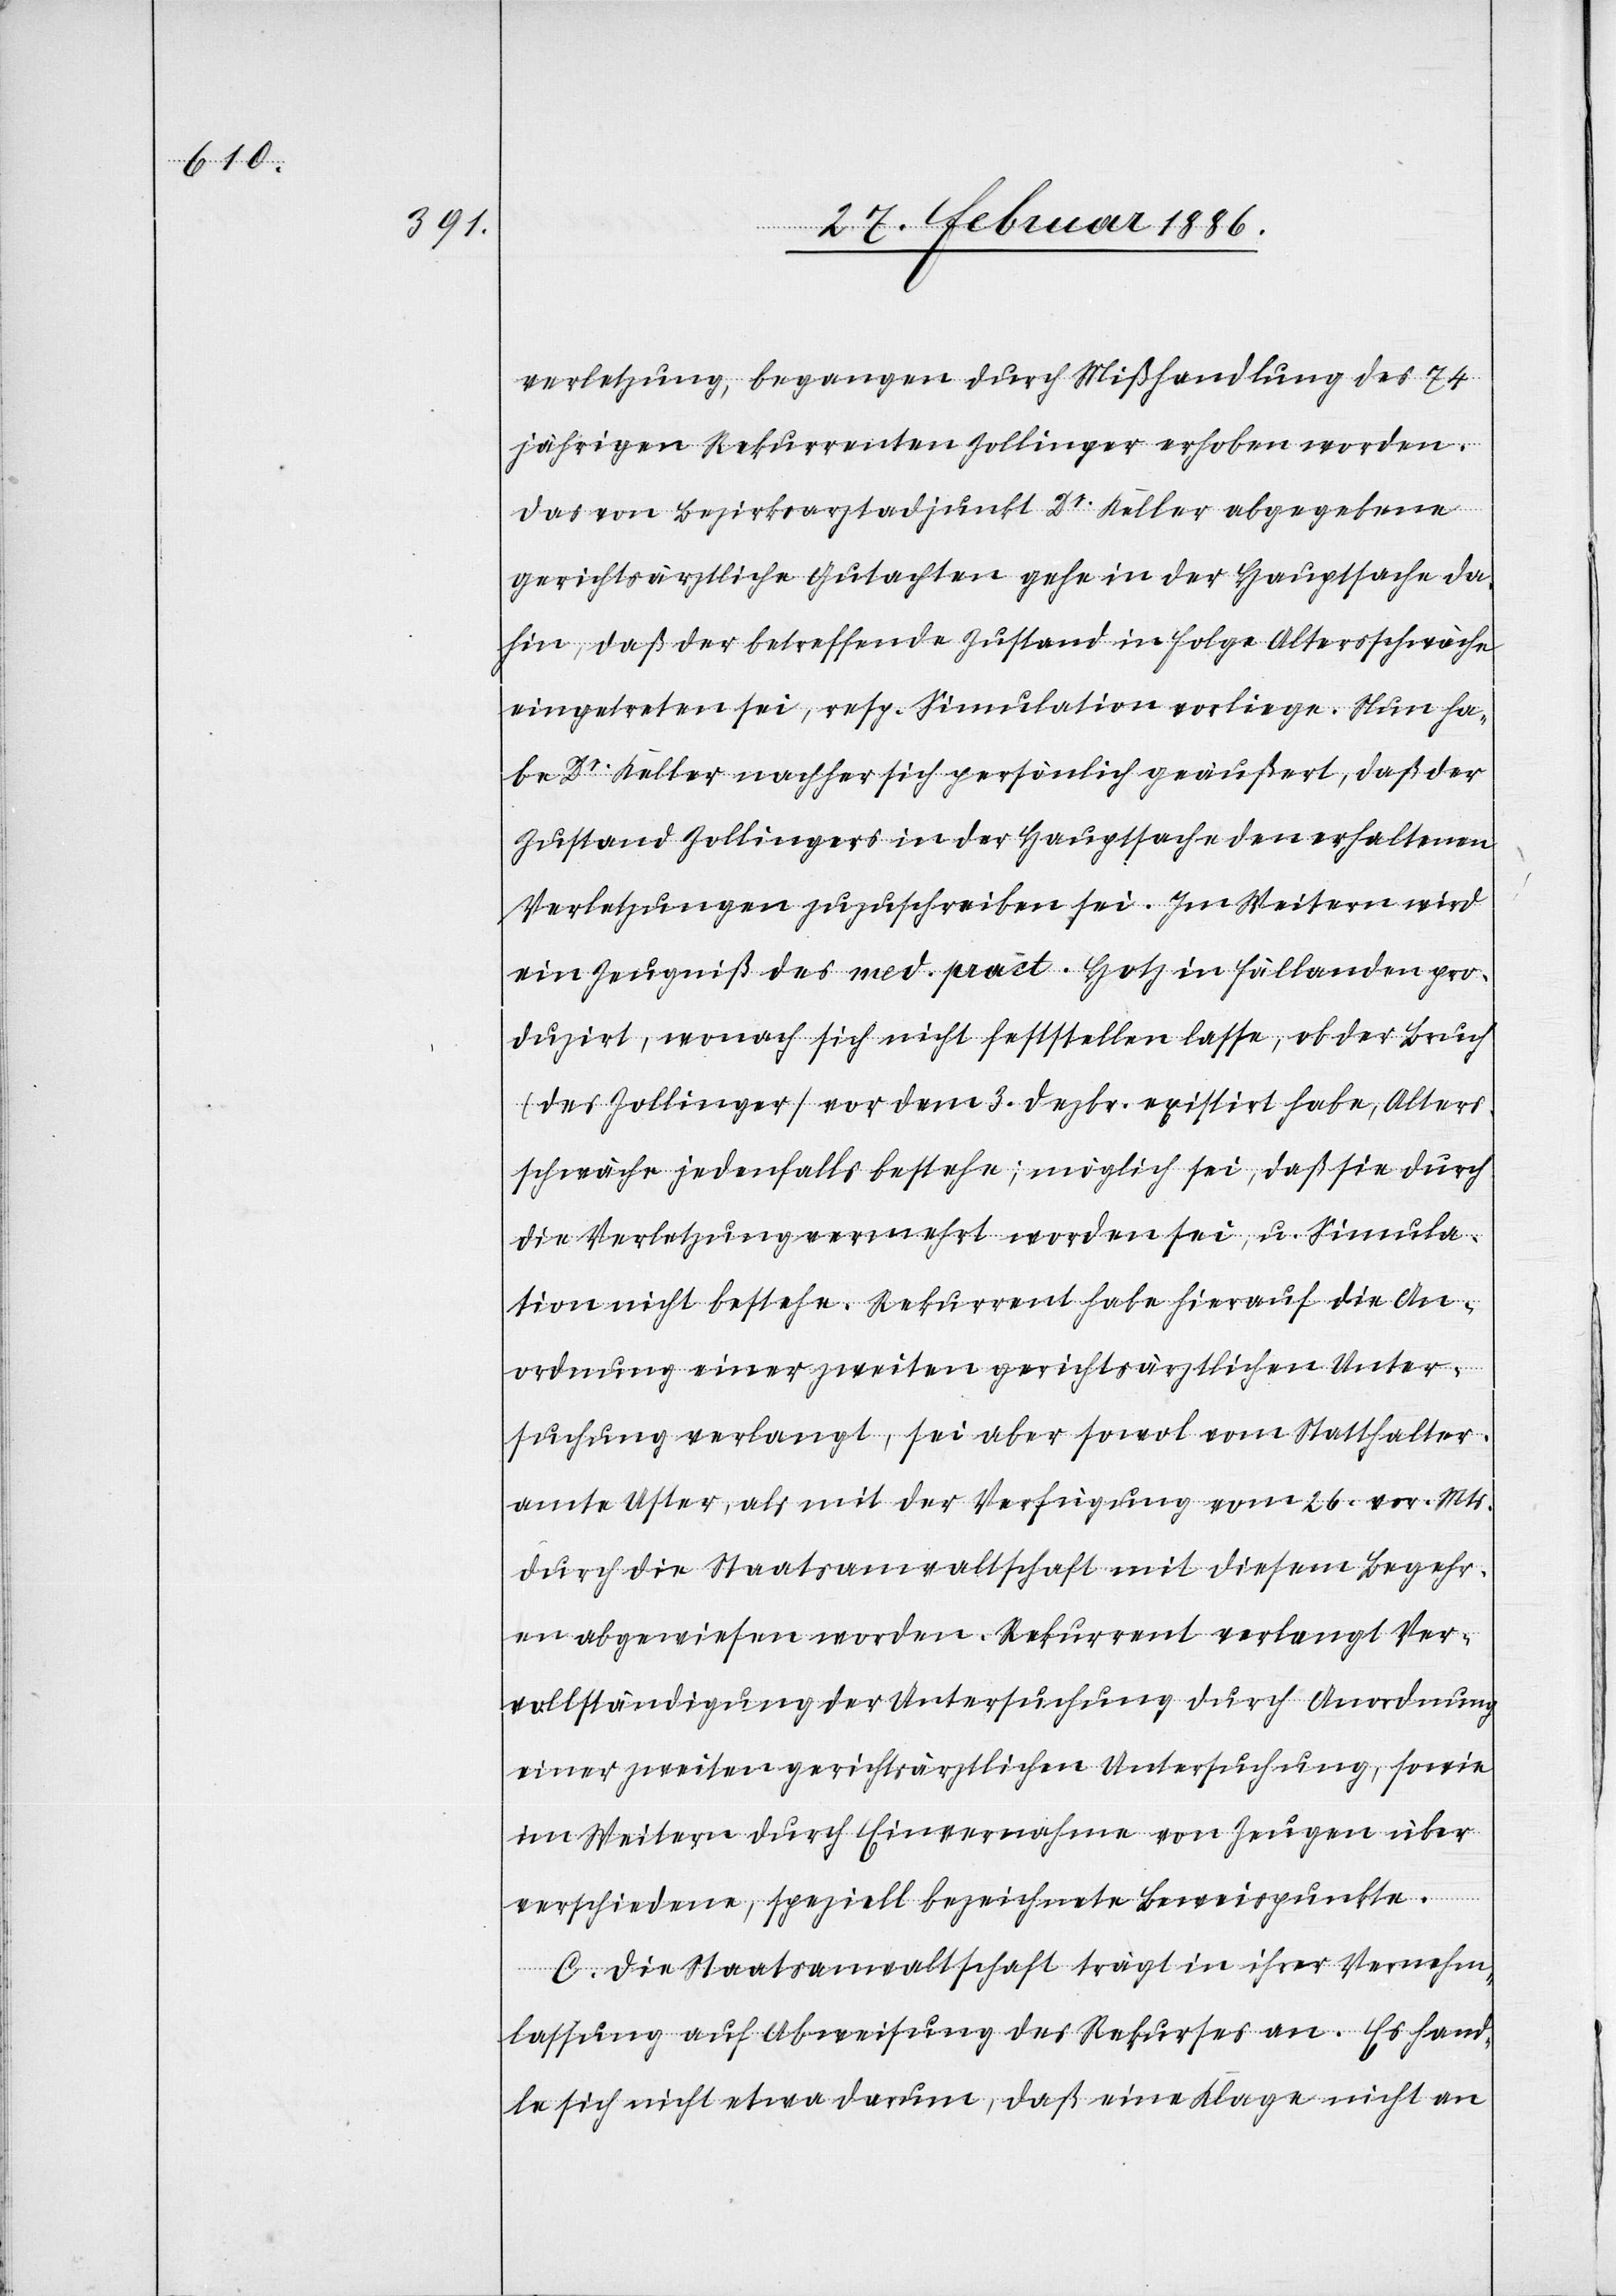
verletzung, begangen durch Mißhandlung des 74j¬
ährigen Rekurrenten Zollinger erhoben worden.
Das von Bezirksarztadjunkt Dr. Keller abgegebene
gerichtsärztliche Gutachten gehe in der Hauptsache da¬
hin, daß der betreffende Zustand in Folge Altersschwäche
eingetreten sei, resp. Simulation vorliege. Nun ha¬
be Dr. Keller nachher sich persönlich geäußert, daß der
Zustand Zollingers in der Hauptsache den erhaltenen
Verletzungen zuzuschreiben sei. Im Weitern wird
ein Zeugniß des med. pract. Hotz in Fällanden pro¬
duzirt, wonach sich nicht feststellen lasse, ob der Bruch
(des Zollinger) vor dem 3. Dezbr. existirt habe, Alters¬
schwäche jedenfalls bestehe; möglich sei, daß sie durch
die Verletzungen vermehrt worden sei, u. Simula¬
tion nicht bestehe. Rekurrent habe hierauf die An¬
ordnung einer zweiten gerichtsärztlichen Unter¬
suchung verlangt, sei aber sowol vom Statthalter¬
amt Uster, als mit der Verfügung vom 26. vor. Mts.
durch die Staatsanwaltschaft mit diesem Begehr¬
en abgewiesen worden. Rekurrent verlangt Ver¬
vollständigung der Untersuchung durch Anordnung
einer zweiten gerichtlichen Untersuchung, sowie
im Weitern durch Einvernahmen von Zeugen über
verschiedenen, speziell bezeichneten Beweispunkte.
C. Die Staatsanwaltschaft trägt in ihrer Vernehm¬
lassung auf Abweisung des Rekurses an. Es hand¬
le sich nicht etwa darum, daß eine Klage nicht an